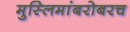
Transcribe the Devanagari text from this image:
मुस्लिमांबरोबरच